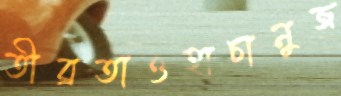
তীব্রতাওহাচানুজ